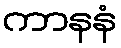
ကာနနံ